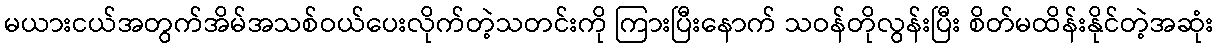
မယားငယ်အတွက်အိမ်အသစ်ဝယ်ပေးလိုက်တဲ့သတင်းကို ကြားပြီးနောက် သဝန်တိုလွန်းပြီး စိတ်မထိန်းနိုင်တဲ့အဆုံး